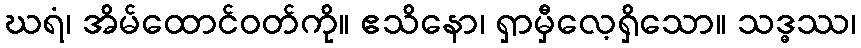
ဃရံ၊ အိမ်ထောင်ဝတ်ကို။ ဧသိနော၊ ရှာမှီလေ့ရှိသော။ သဒ္ဓဿ၊